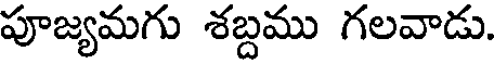
పూజ్యమగు శబ్దము గలవాడు.